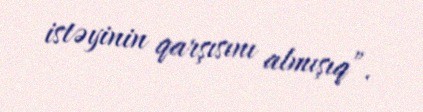
istəyinin qarşısını almışıq”.